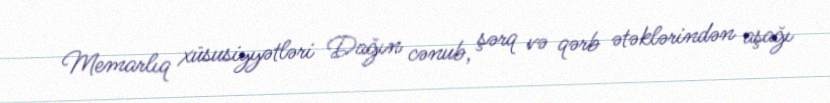
Memarlıq xüsusiyyətləri Dağın cənub, şərq və qərb ətəklərindən aşağı